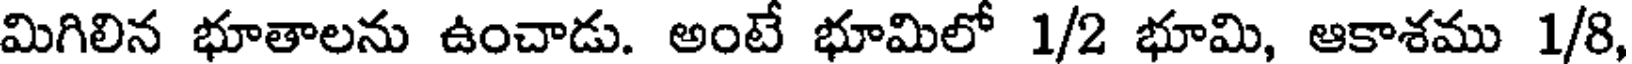
మిగిలిన భూతాలను ఉంచాడు. అంటే భూమిలో 1/2 భూమి, ఆకాశము 1/8